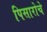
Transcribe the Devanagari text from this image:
पिसारोचे